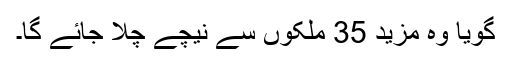
گویا وہ مزید 35 ملکوں سے نیچے چلا جائے گا۔